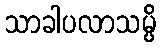
သာခါပလာသမ္ပိ